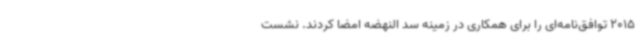
2015 توافق‌نامه‌ای را برای همکاری در زمینه سد النهضه امضا کردند. نشست